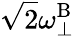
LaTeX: \sqrt{2}\omega_{\perp}^{\mathrm{B}}